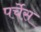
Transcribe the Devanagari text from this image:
पर्चेस